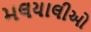
મલયાલીઓ